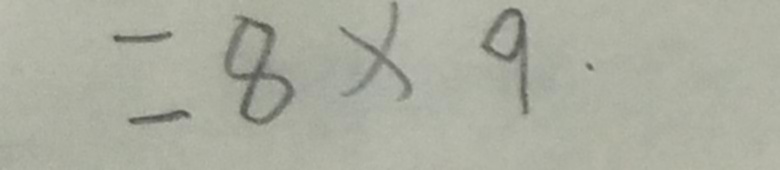
= 8 \times 9 .